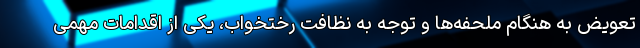
تعویض به هنگام ملحفه‌ها و توجه به نظافت رختخواب، یکی از اقدامات مهمی